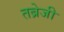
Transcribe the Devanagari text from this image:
तब्रेजी